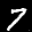
Label: 7